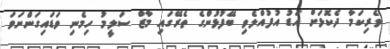
ވެރިކަމާ ދެކޮޅަށް އަޑު އުފުއްލެވި ބޭފުޅުންގެ ތެރޭގައި މާޒް ސަލީމު ހިމެނި ވަޑައިގަންނަވަ